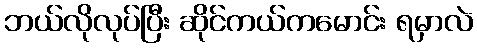
ဘယ်လိုလုပ်ပြီး ဆိုင်ကယ်ကမောင်း ရမှာလဲ